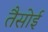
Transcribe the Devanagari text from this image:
तैसोई